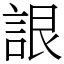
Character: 詪